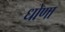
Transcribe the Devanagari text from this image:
धोणा